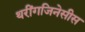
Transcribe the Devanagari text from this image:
थरींगजिनेसीस